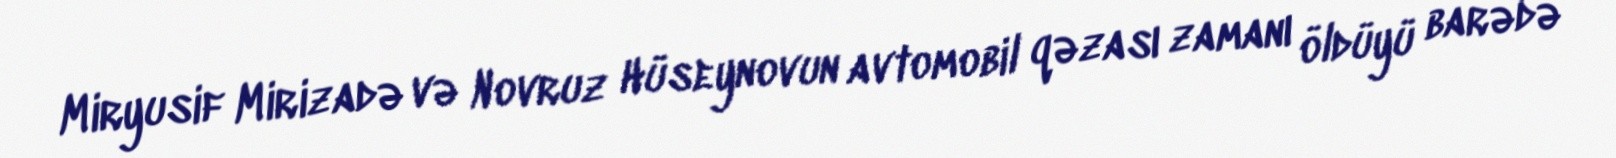
Miryusif Mirizadə və Novruz Hüseynovun avtomobil qəzası zamanı öldüyü barədə